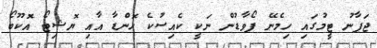
ޖަޕާނު ޓީމުގައި ހިމެނޭ ފޯވާޑުން ނަކީ ކެއިސުކެ ހޮންޑާ އާއި ޔޮޝިޓޯ އޮކޫބޯ